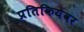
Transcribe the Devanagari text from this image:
प्रतिकियेवर